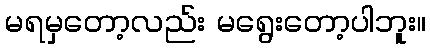
မရမှတော့လည်း မရွေးတော့ပါဘူး။